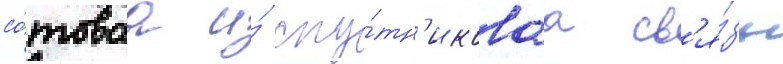
со́товаа и́ спу́тн'иковаа св'я́зь